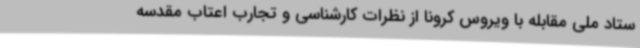
ستاد ملی مقابله با ویروس کرونا از نظرات کارشناسی و تجارب اعتاب مقدسه